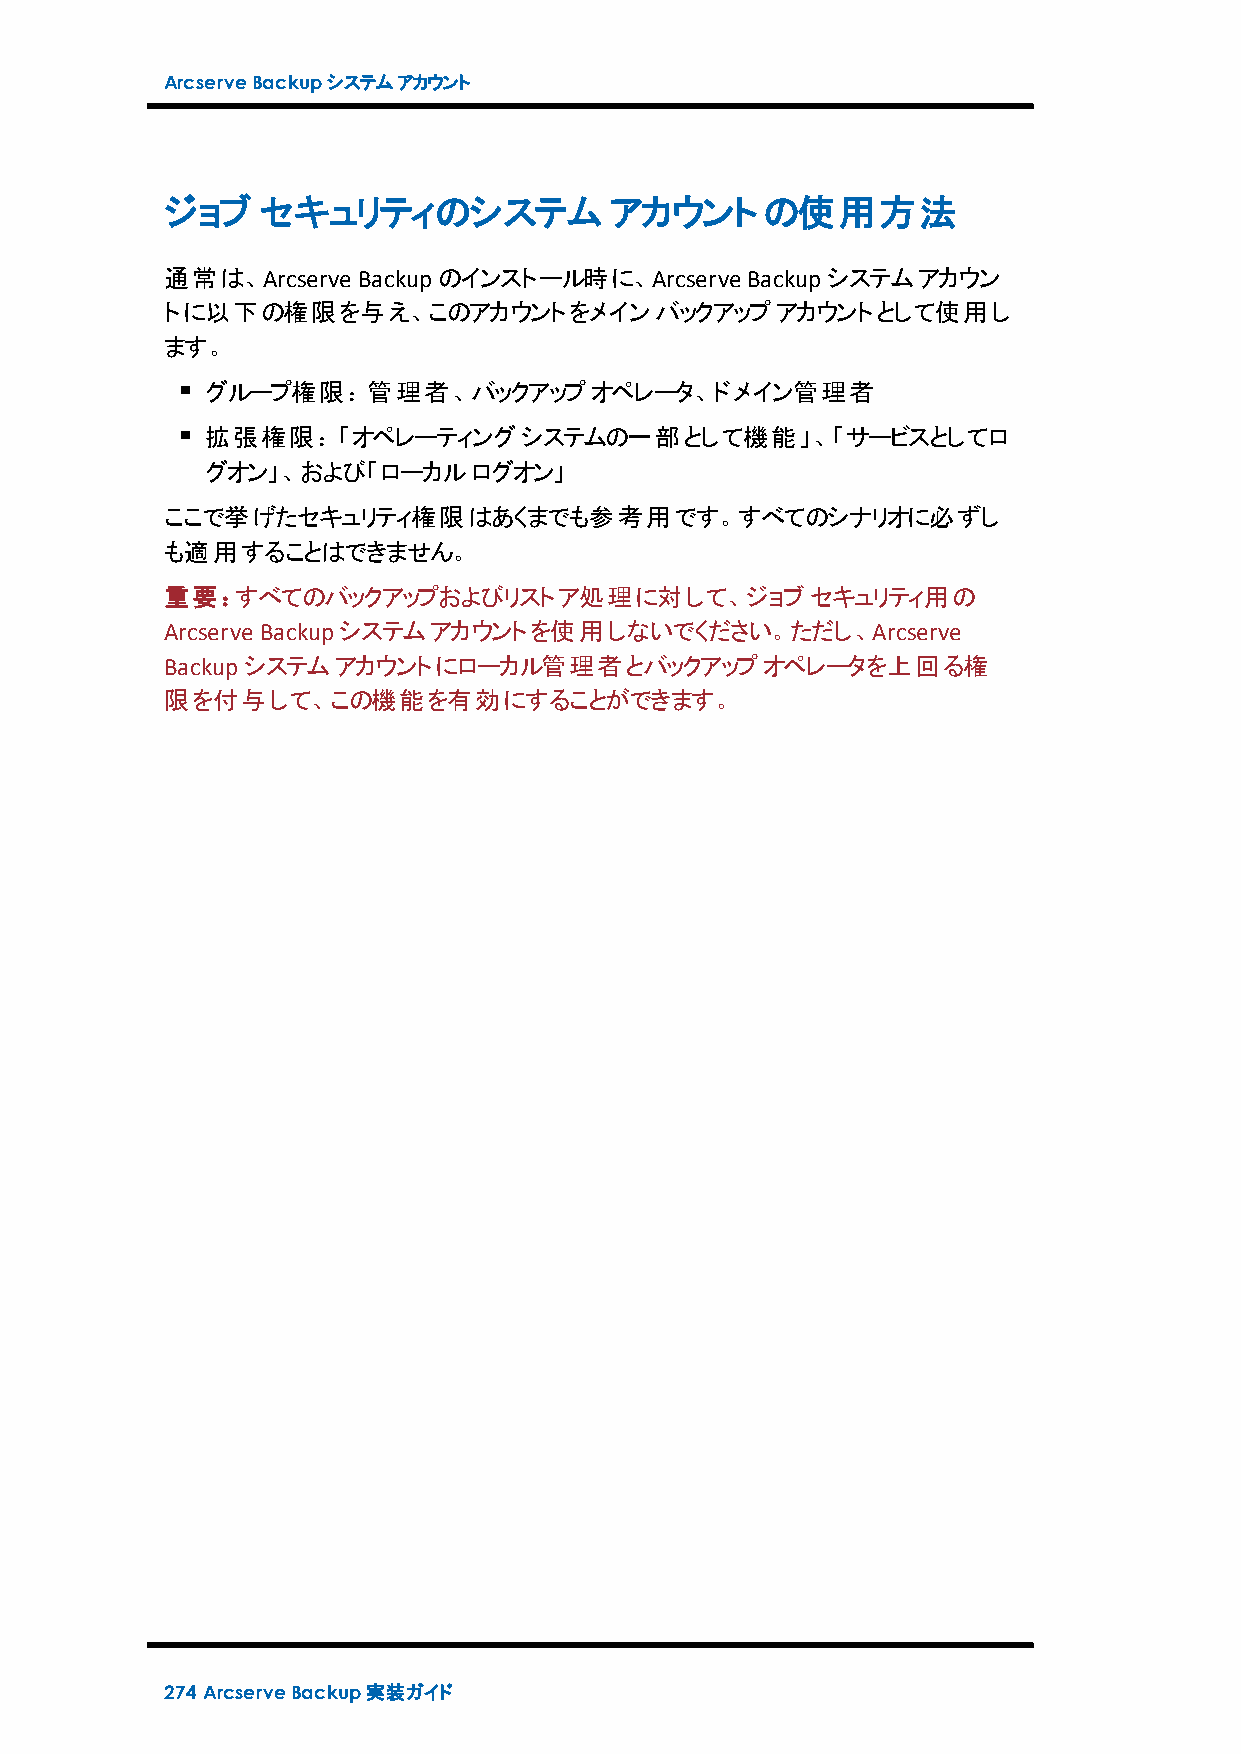
ArcserveBackupシステムアカウント
 ジョブ   セキュリティのシステム            アカウントの使用方法
 通常は、Arcserve Backupのインストール時に、Arcserve Backupシステムアカウン
 トに以下の権限を与え、このアカウントをメインバックアップアカウントとして使用し
 ます。
 グループ権限：管理者、バックアップオペレータ、ドメイン管理者
 拡張権限：「オペレーティングシステムの一部として機能」、「サービスとしてロ
 グオン」、および「ローカルログオン」
 ここで挙げたセキュリティ権限はあくまでも参考用です。すべてのシナリオに必ずし
 も適用することはできません。
 重要：すべてのバックアップおよびリストア処理に対して、ジョブセキュリティ用の
 Arcserve Backupシステムアカウントを使用しないでください。ただし、Arcserve
 Backupシステムアカウントにローカル管理者とバックアップオペレータを上回る権
 限を付与して、この機能を有効にすることができます。
 274 ArcserveBackup実装ガイド